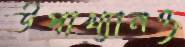
উপাখ্যানও